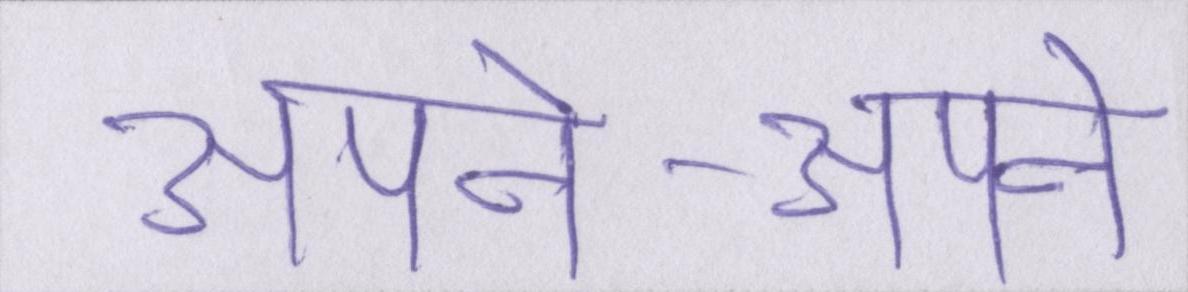
अपने-अपने